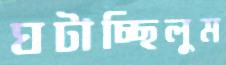
ঘটাচ্ছিলুম